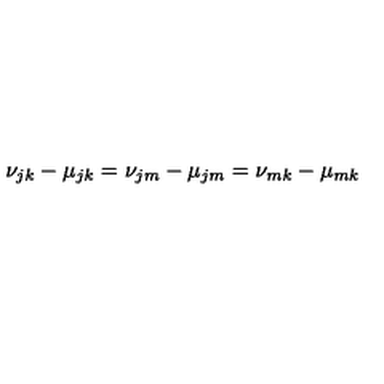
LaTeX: \nu _ { j k } - \mu _ { j k } = \nu _ { j m } - \mu _ { j m } = \nu _ { m k } - \mu _ { m k }